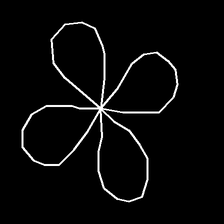
Glyph: billowing